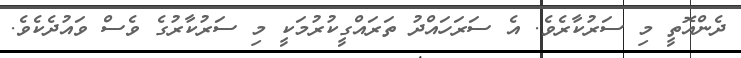
ދެންއޮތީ މި ސަރުކާރެވެ. އެ ސަރަހައްދު ތަރައްގީކުރުމަކީ މި ސަރުކާރުގެ ވެސް ވައުދެކެވެ.